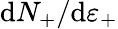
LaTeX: \mathrm{{d}}N_{+}/\mathrm{{d}}\varepsilon_{+}